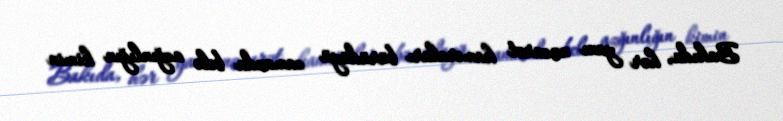
Bakıda, hər yanı nəzarət kameraları bürüdüyü zamanda belə azğınlığın kimin